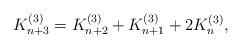
LaTeX: \begin{align*}K_{n+3}^{(3)}=K_{n+2}^{(3)}+K_{n+1}^{(3)}+2K_{n}^{(3)},\end{align*}